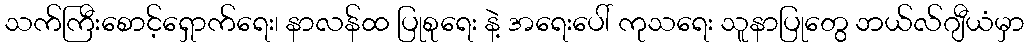
သက်ကြီးစောင့်ရှောက်ရေး၊ နာလန်ထ ပြုစုရေး နဲ့ အရေးပေါ် ကုသရေး သူနာပြုတွေ ဘယ်လ်ဂျီယံမှာ